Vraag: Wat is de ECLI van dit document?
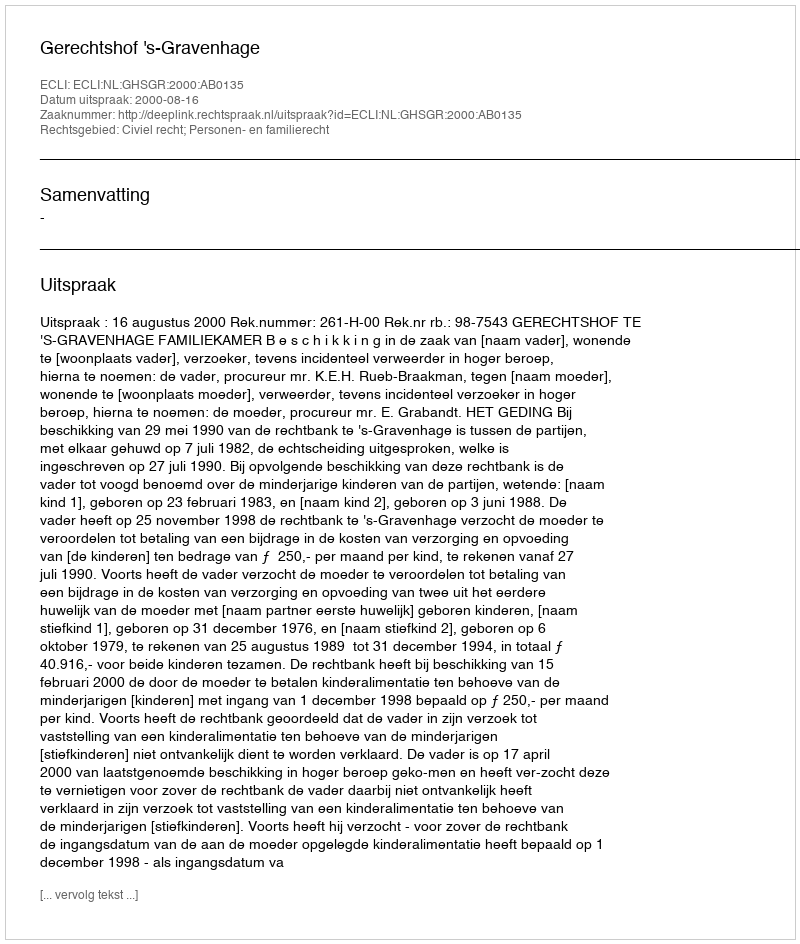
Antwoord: ECLI:NL:GHSGR:2000:AB0135